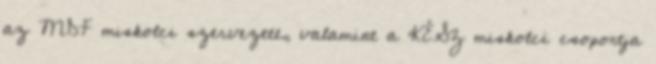
az MDF miskolci szervezete, valamint a KÉSZ miskolci csoportja